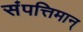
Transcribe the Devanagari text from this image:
संपत्तिमान्‌